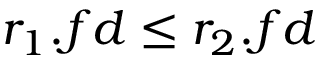
r _ { 1 } . f d \leq r _ { 2 } . f d